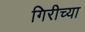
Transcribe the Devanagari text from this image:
गिरीच्या